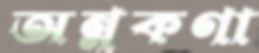
অন্নকণা